Scottish Education Department, 1929
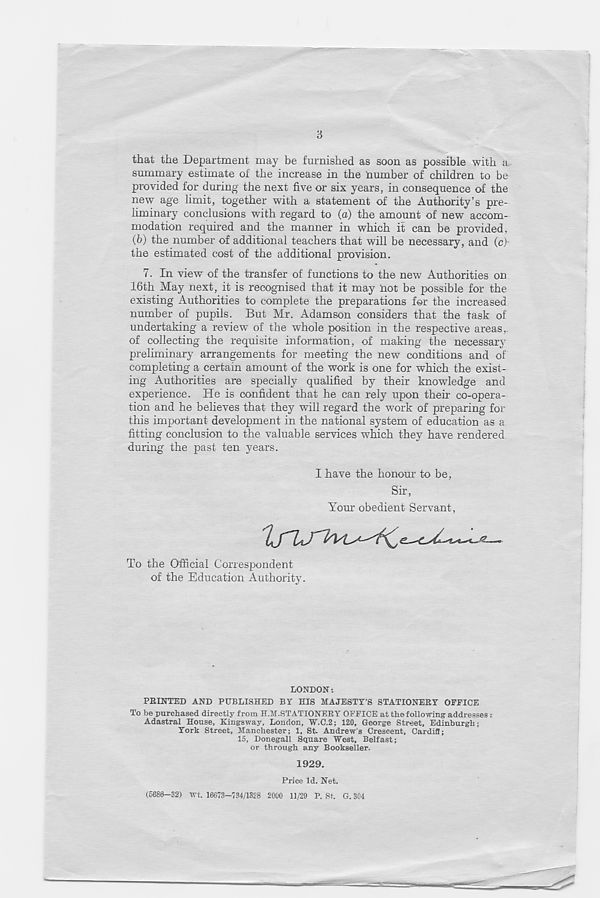
a
that the Department may be furnished as soon as possible with a
summary estimate of the increase in the number of children to be
provided for during the next five or six years, in consequence of the
new age limit, together with a statement of the Authority’s pre-
liminary conclusions with regard to (a) the amount of new accom-
modation required and the manner in which it can be provided,
(6) the number of additional teachers that will be necessary, and (c)
the estimated cost of the additional provision.
7. In view of the transfer of functions to the new Authorities on
16th May next, it is recognised that it may not be possible for the
existing Authorities to complete the preparations for the increased
number of pupils. But Mr. Adamson considers that the task of
undertaking a review of the whole position in the respective areas,,
of collecting the requisite information, of making the necessary
preliminary arrangements for meeting the new conditions and of
completing a certain amount of the work is one for which the exist-
ing Authorities are specially qualified by their knowledge and
experience. He is confident that he can rely upon their co-opera-
tion and he believes that they will regard the work of preparing for
this important development in the national system of education as a
fitting conclusion to the valuable services which they have rendered
during the past ten years.
I have the honour to be,
Sir,
Your obedient Servant,
To the Official Correspondent
of the Education Authority.
LONDON:
FEINTED AND PUBLISHED BY HIS MAJESTY’S STATIONERY OFFICE
To be purchased directly from H.M. STATIONERY OFFICE at the following addresses :
Adastral House, Kingsway, London, W.C.2; 120, George Street, Edinburgh;
York Street, Manchester; 1, St. Andrew's Crescent, Cardiff;
15, Donegall Square West, Belfast;
or through any Bookseller.
1929.
Price Id. Net.
(5680-32) Wt. 16673-734/1328 2000 11/29 P. St. G. 304